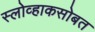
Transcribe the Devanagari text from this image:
स्लोव्हाकसोबत